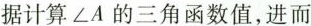
据计算\angle A的三角函数值,进而